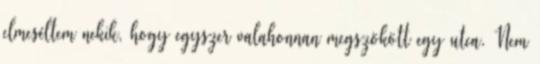
elmeséltem nekik, hogy egyszer valahonnan megszökött egy utca. Nem